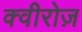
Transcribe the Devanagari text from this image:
क्वीरोज़